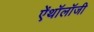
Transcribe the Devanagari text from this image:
ऐंथॉलॉजी